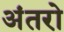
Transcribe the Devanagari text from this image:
अंतरो